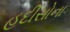
હદીસોના